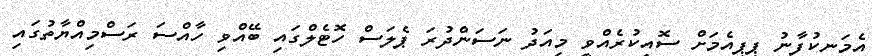
އެމަނިކުފާނު ޕީޕީއެމަށް ސޮއިކުރެއްވީ މިއަދު ނަސަންދުރަ ޕެލަސް ހޮޓެލްގައި ބޭއްވި ހާއްސަ ރަސްމިއްޔާތުގައި